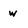
Character: w